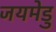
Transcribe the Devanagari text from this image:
जयमेडु